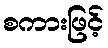
စကားဖြင့်